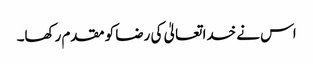
اس نے خدا تعالیٰ کی رضا کو مقدم رکھا۔